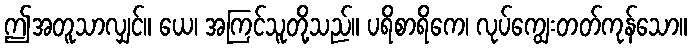
ဤအတူသာလျှင်။ ယေ၊ အကြင်သူတို့သည်။ ပရိစာရိကေ၊ လုပ်ကျွေးတတ်ကုန်သော။